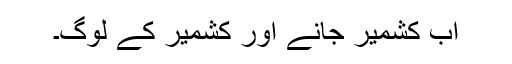
اب کشمیر جانے اور کشمیر کے لوگ۔